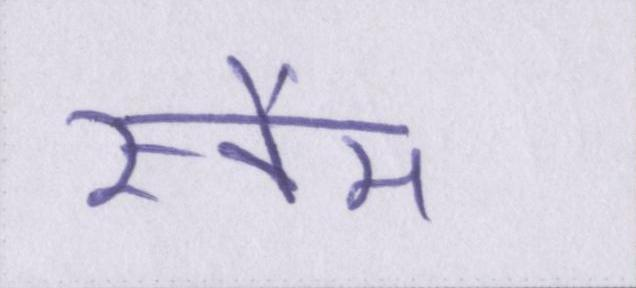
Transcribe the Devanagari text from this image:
स्कैम